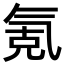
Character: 氪